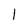
Character: 1